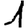
Digit: 1